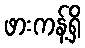
ဖားကန့်ရှိ